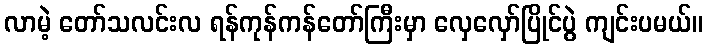
လာမဲ့ တော်သလင်းလ ရန်ကုန်ကန်တော်ကြီးမှာ လှေလှော်ပြိုင်ပွဲ ကျင်းပမယ်။